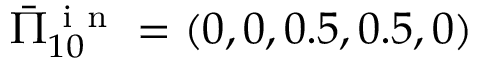
\bar { \Pi } _ { 1 0 } ^ { \mathrm { ~ i ~ n ~ } } = ( 0 , 0 , 0 . 5 , 0 . 5 , 0 )